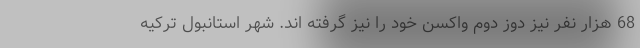
68 هزار نفر نیز دوز دوم واکسن خود را نیز گرفته اند. شهر استانبول ترکیه